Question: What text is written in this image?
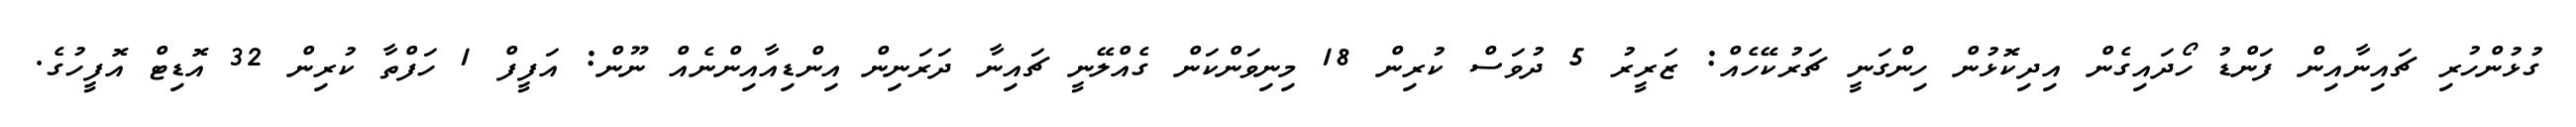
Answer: ގުޅުންހުރި ޗައިނާއިން ފަންޑު ހޯދައިގެން އިދިކޮޅުން ހިންގަނީ ޗަރުކޭހެއް: ޒަރީރު 5 ދުވަސް ކުރިން 18 މިނިވަންކަން ގެއްލޭނީ ޗައިނާ ދަރަނިން އިންޑިއާއިންނެއް ނޫން: އަފީފް 1 ހަފްތާ ކުރިން 32 އޮޑިޓް އޮފީހުގެ.